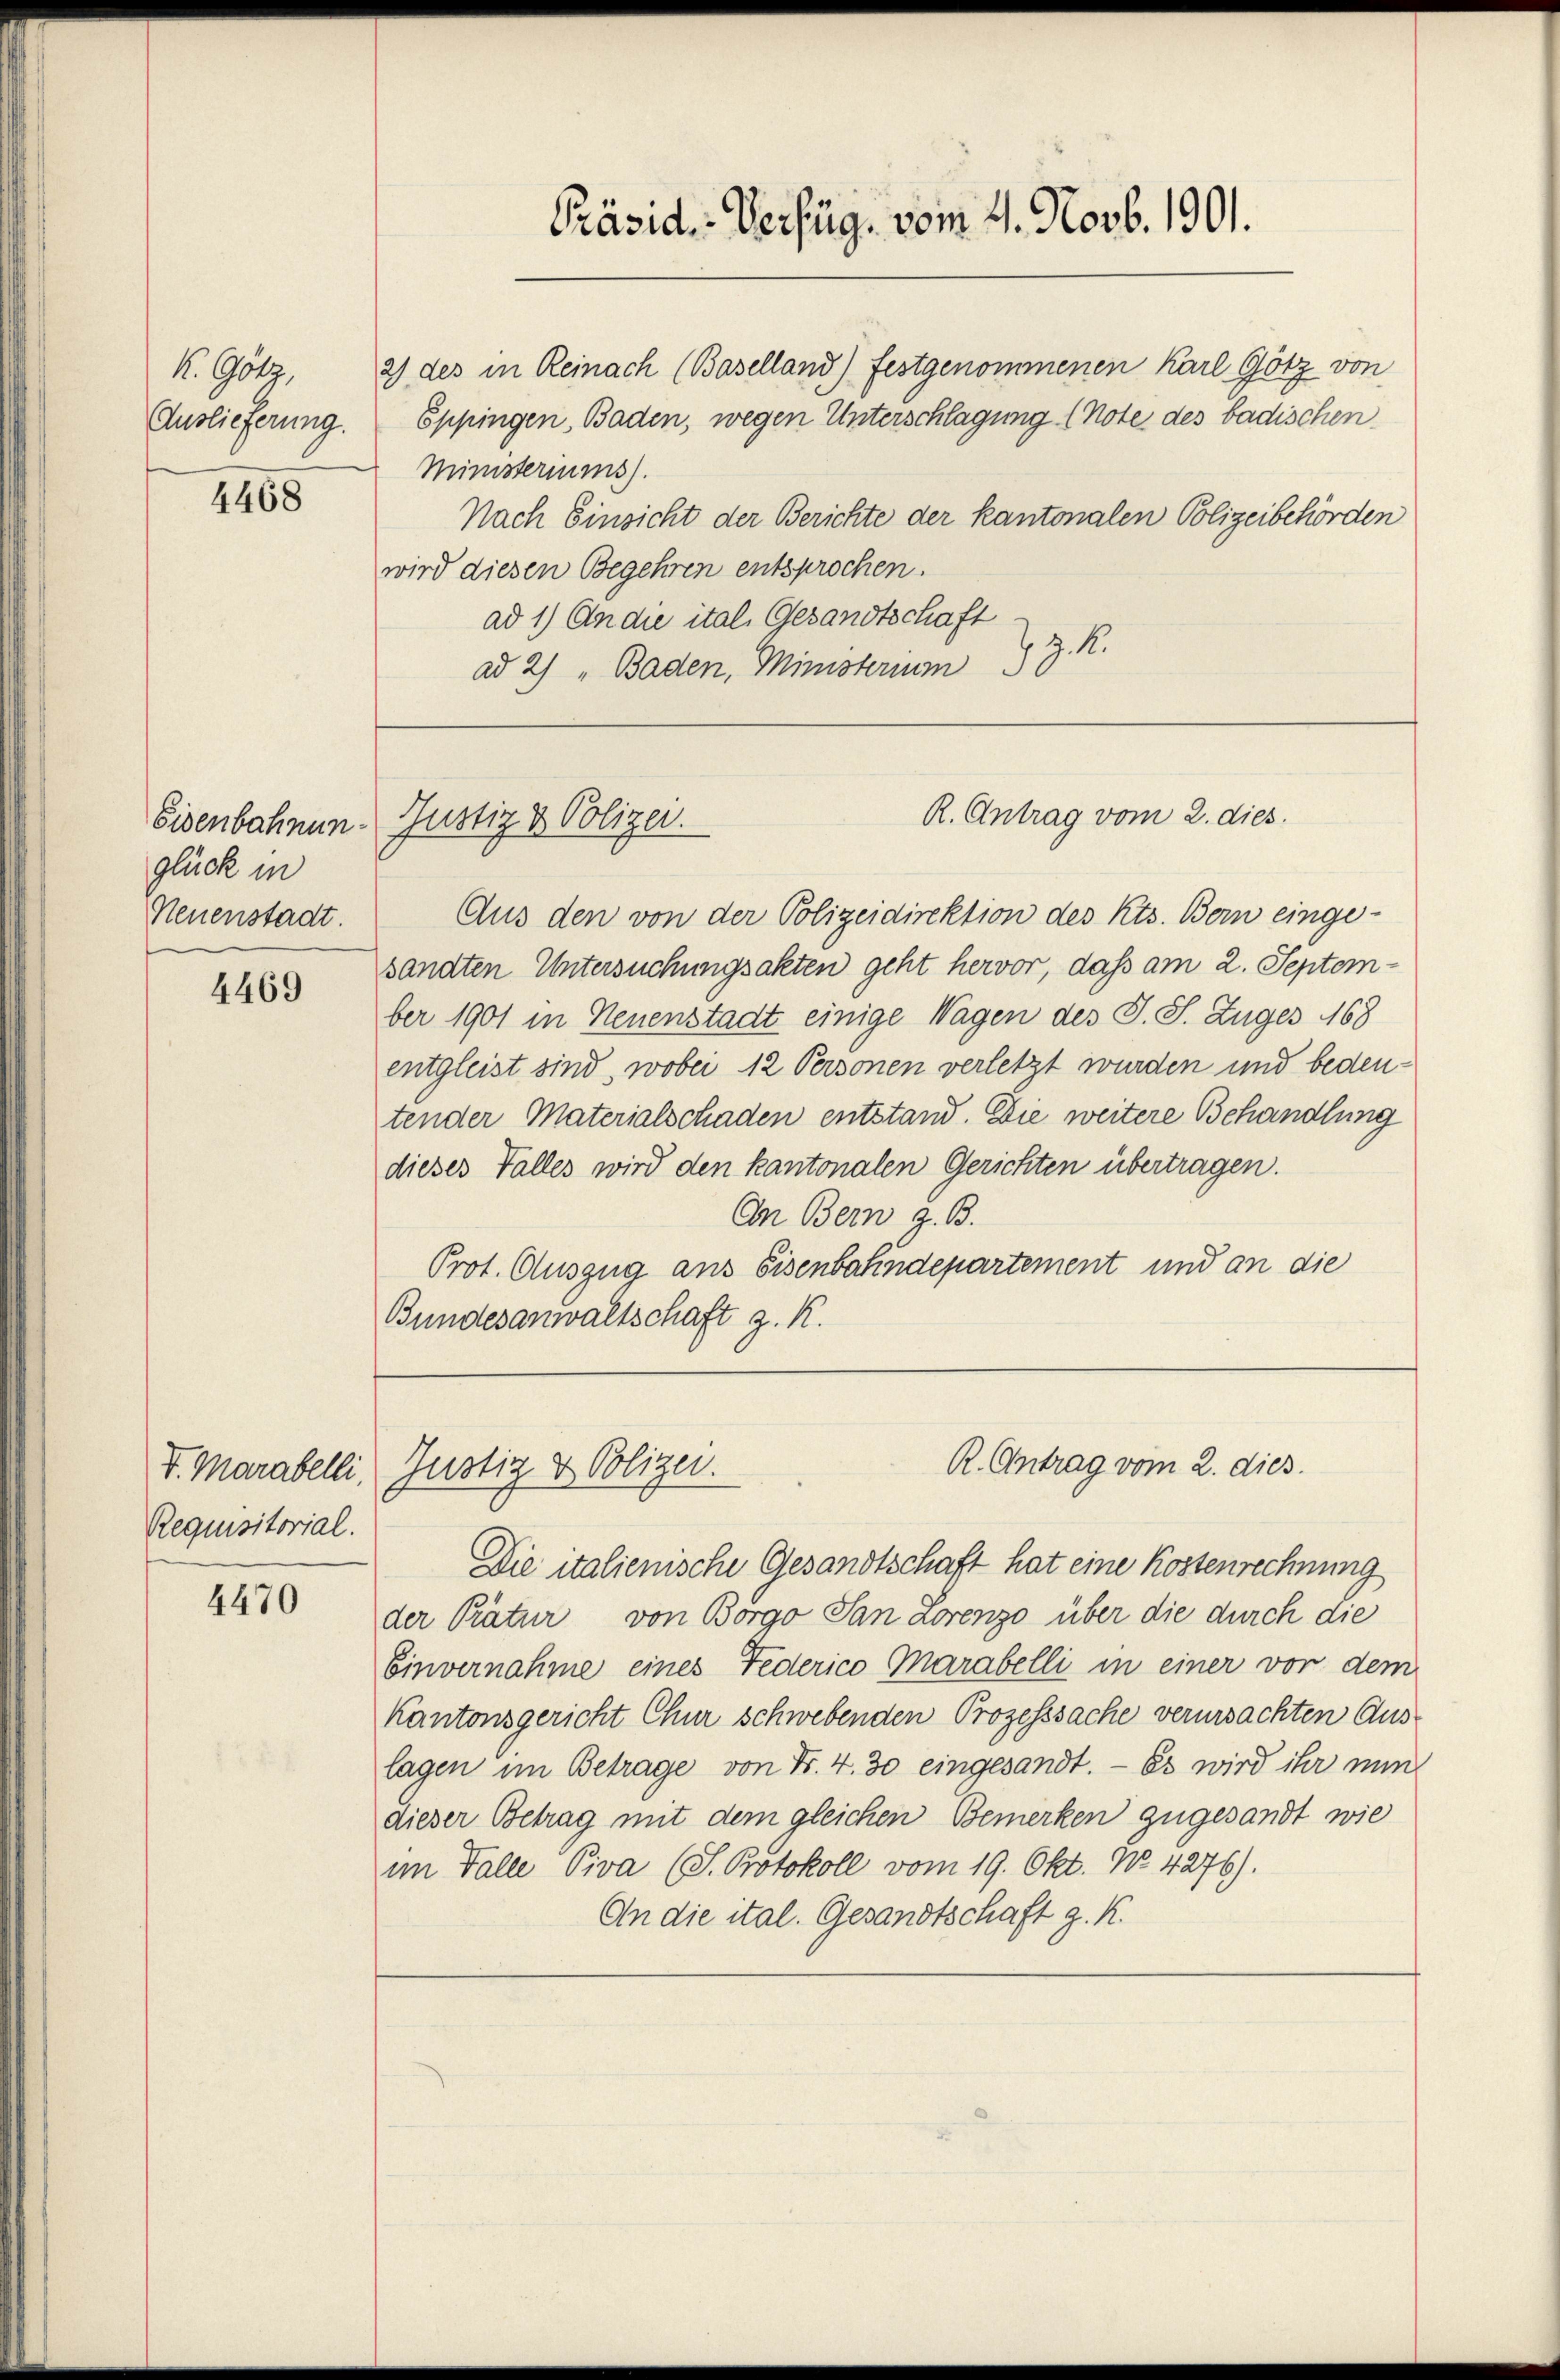
K. Götz,
Auslieferung.

4468

Eisenbahnunglück in
Neuenstadt

4469

V. Marabelli
Requisitorial.

4470

2) des in Reinach (Baselland) festgenommenen Karl Götz von
Eppingen, Baden, wegen Unterschlagung (Note des badischen
Ministeriums).
Nach Einsicht der Berichte der kantonalen Polizeibehörden
wird diesen Begehren entsprochen.
ad 1) An die ital. Gesandtschaft
Z. M.
ad 2) " Baden, Ministerium

Justiz & Polizei.

Aus den von der Polizeidirektion des Kts. Bern einge-
sandten Untersuchungsakten geht hervor, daß am 2. September 1901 in Neuenstadt einige Wagen des J. S. Zuges 168
entgleist sind, wobei 12 Personen verletzt wurden und bedeutender Materialschaden entstand. Die weitere Behandlung
dieses Falles wird den kantonalen Gerichten übertragen.
An Bern z. B.
Prot. Auszug aus Eisenbahndepartement und an die
Bundesanwaltschaft z. K.

Justiz & Polizei.

Präsid. Verfüg, vom 4. Novb. 1901.

R. Antrag vom 2. dies.

R. Antrag vom 2. dies

Die italienische Gesandtschaft hat eine Kostenrechnung
der Prätur von Borgo San Lorenzo über die durch die
Einvernahme eines Federico Marabelli in einer vor dem
Kantonsgericht Chur schwebenden Prozesssache verursachten Aus-
lagen im Betrage von Fr. 4. 30 eingesandt. — Es wird ihr nun
dieser Betrag mit dem gleichen Bemerken zugesandt wie
im Falle Piva (S. Protokoll vom 19. Okt. No. 4276).
An die ital. Gesandtschaft z. K.